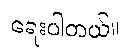
ရေးပါတယ်။